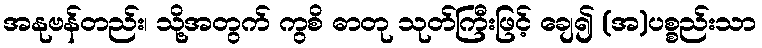
အနုဗန်တည်း၊ သို့အတွက် ကွစိ ဓာတု သုတ်ကြီးဖြင့် ချေ၍ (အ)ပစ္စည်းသာ